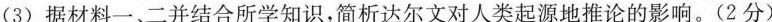
(3)据材料一、二并结合所学知识，简析达尔文对人类起源地推论的影响。(2分)